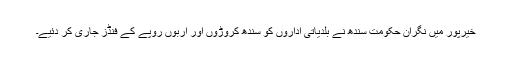
خیرپور میں نگران حکومت سندھ نے بلدیاتی اداروں کو سندھ کروڑوں اور اربوں روپے کے فنڈز جاری کر دئیے۔